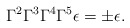
\begin{align*}\Gamma^{2}\Gamma^{3}\Gamma^{4}\Gamma^{5} \epsilon =\pm \epsilon . \end{align*}